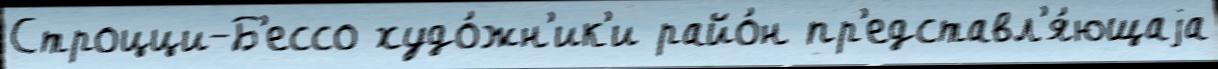
Строцци-Б'ессо худо́жн'ик'и райо́н пр'едставл'я́ющаjа